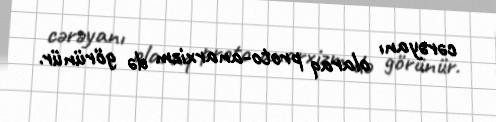
cərəyanı olaraq proto-anarxizm də görünür.